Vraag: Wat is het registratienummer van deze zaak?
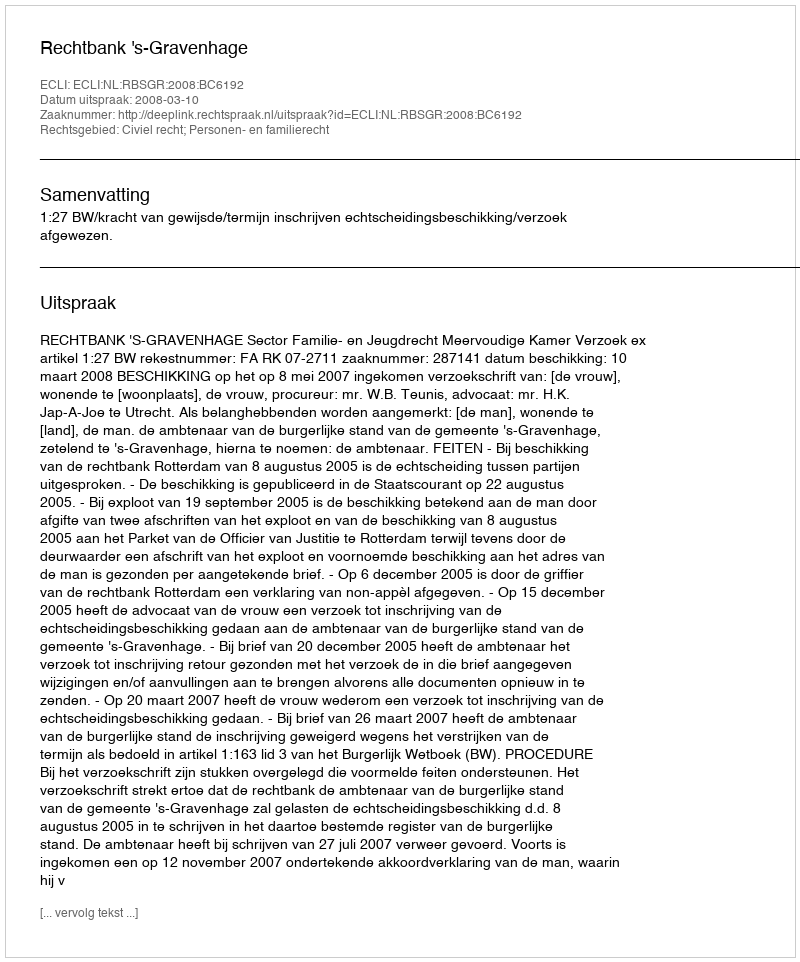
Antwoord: http://deeplink.rechtspraak.nl/uitspraak?id=ECLI:NL:RBSGR:2008:BC6192